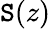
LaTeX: \mathtt{S}(z)